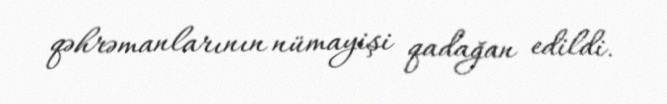
qəhrəmanlarının nümayişi qadağan edildi.